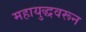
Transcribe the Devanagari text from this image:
महायुद्धवरून